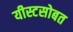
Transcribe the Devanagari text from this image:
यीस्टसोबत